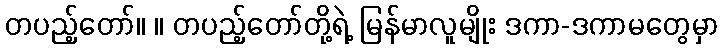
တပည့်တော်။ ။ တပည့်တော်တို့ရဲ့ မြန်မာလူမျိုး ဒကာ-ဒကာမတွေမှာ